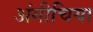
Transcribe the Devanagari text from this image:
अंगीचिया